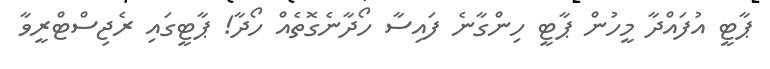
ޕާޓީ އުފައްދާ މީހުން ޕާޓީ ހިންގާނެ ފައިސާ ހޯދާނެގޮތެއް ހޯދާ! ޕާޓީގައި ރެޖިސްޓްރީވާ